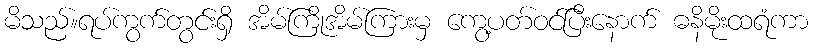
မိသည်။ရပ်ကွက်တွင်းရှိ အိမ်ကြိုအိမ်ကြားမှ ကွေ့ပတ်ဝင်ပြီးနောက် ဓနိမိုးထရံကာ